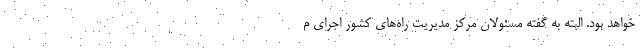
خواهد بود. البته به گفته مسئولان مرکز مدیریت راه‌های کشور اجرای م